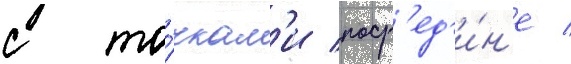
с то́чкам'и поср'ед'и́н'е /